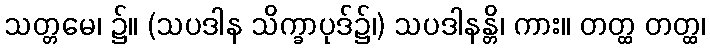
သတ္တမေ၊ ၌။ (သပဒါန သိက္ခာပုဒ်၌၊) သပဒါနန္တိ၊ ကား။ တတ္ထ တတ္ထ၊